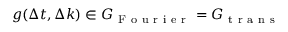
g ( \Delta t , \Delta k ) \in G _ { \mathrm { ~ F ~ o ~ u ~ r ~ i ~ e ~ r ~ } } = G _ { \mathrm { ~ t ~ r ~ a ~ n ~ s ~ } }